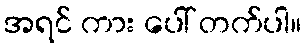
အရင် ကား ပေါ် တက်ပါ။